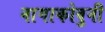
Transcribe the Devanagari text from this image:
नागाकोवुनी